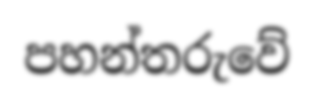
පහන්තරුවේ